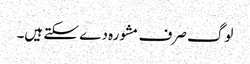
لوگ صرف مشورہ دے سکتے ہیں۔